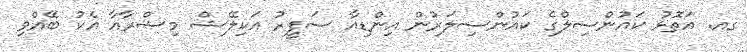
ގއ. އަތޮޅު ކައުންސިލްގެ ކައުންސިލަރުން އިންޑިއާ ސަފީރު އަކިލޭޝް މިޝްރާއާ އެކު ބޭއްވި